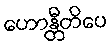
ဟောန္တီတိပေ